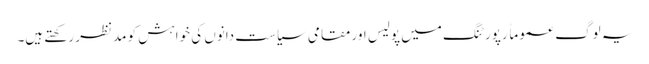
یہ لوگ عموماً رپورٹنگ میں پولیس اور مقامی سیاست دانوں کی خواہش کو مدنظر رکھتے ہیں۔